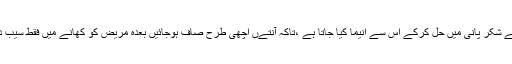
اس علاج میں پہلے شکر پانی میں حل کرکے اس سے انیما کیا جاتا ہے ،تاکہ آنتےں اچھی طرح صاف ہوجائیں بعدہ مریض کو کھانے میں فقط سیب دےے جاتے ہیں ۔